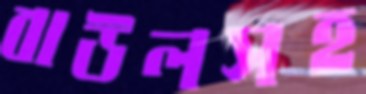
বাউলসহ